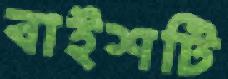
বাইশটি